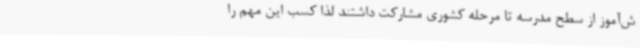
ش‌آموز از سطح مدرسه تا مرحله کشوری مشارکت داشتند لذا کسب این مهم را